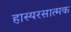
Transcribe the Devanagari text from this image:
हास्यरसात्मक